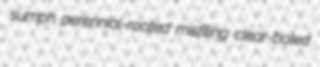
sumph perennial-rooted misfiling clear-boled